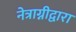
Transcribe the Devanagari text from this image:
नेत्राग्नीद्वारा